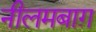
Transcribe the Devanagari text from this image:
नीलमबाग़